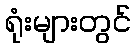
ရုံးများတွင်